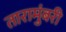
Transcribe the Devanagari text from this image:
तारामुंबरी